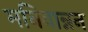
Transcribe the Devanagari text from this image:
मनिवान्नन